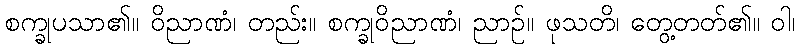
စက္ခုပသာ၏။ ဝိညာဏံ၊ တည်း။ စက္ခုဝိညာဏံ၊ ညာဉ်။ ဖုသတိ၊ တွေ့တတ်၏။ ဝါ၊